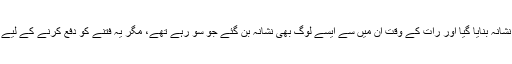
مثلاً حدیث میں آیا ہے کہ طائف کا محاصرہ کیا گیا تو ان کے قلعوں کو منجنیق سے نشانہ بنایا گیا اور رات کے وقت ان میں سے ایسے لوگ بھی نشانہ بن گئے جو سو رہے تھے، مگر یہ فتنے کو دفع کرنے کے لیے ضروری تھا اور اس میں ایسے لوگوں کو مارنا جائز تھا جن کا قتل مقصود نہیں تھا۔